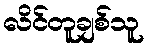
လိင်တူချစ်သူ